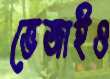
ভেজাইও